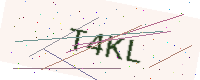
Text: T4KL